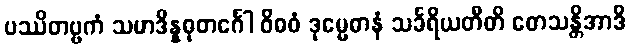
ပဿိတဗ္ဗကံ သမာဒိန္နဓုတင်္ဂေါ ဝိဓဝံ ဒုမ္မေဓာနံ သင်္ခရိယတီတိ တေသန္တိအာဒိ